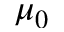
\mu _ { 0 }